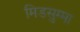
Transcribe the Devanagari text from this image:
मिडसुम्मा